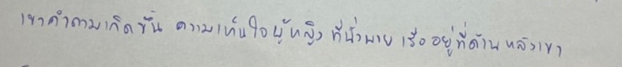
เขาคำถามเกิดขึ้นความเห็นใจผู้หญิงที่นั่งพายเรืออยู่ที่ด้านหลังเขา